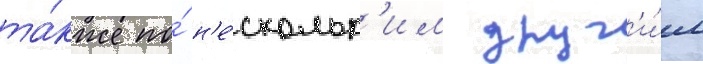
та́кже по́ н'е́скольк'им друг'и́м